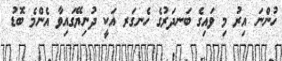
ހުންނަ އިރު މި ވައިގެ ބަނދަރުގެ ހެނގަރ އަކީ ދުނިޔޭގައިވާ އެންމެ ބޮޑު